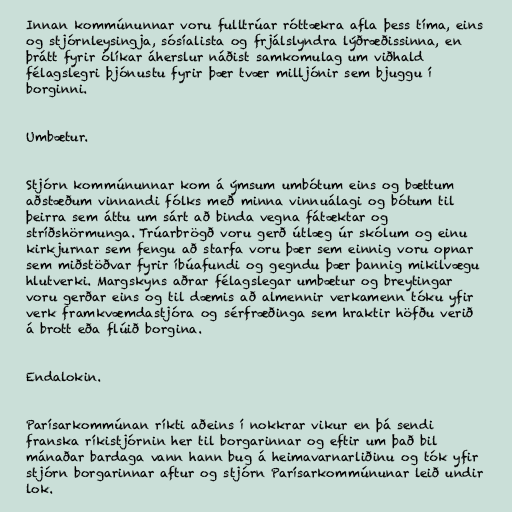
Innan kommúnunnar voru fulltrúar róttækra afla þess tíma, eins
og stjórnleysingja, sósíalista og frjálslyndra lýðræðissinna, en
þrátt fyrir ólíkar áherslur náðist samkomulag um viðhald
félagslegri þjónustu fyrir þær tvær milljónir sem bjuggu í
borginni.

Umbætur.

Stjórn kommúnunnar kom á ýmsum umbótum eins og bættum
aðstæðum vinnandi fólks með minna vinnuálagi og bótum til
þeirra sem áttu um sárt að binda vegna fátæktar og
stríðshörmunga. Trúarbrögð voru gerð útlæg úr skólum og einu
kirkjurnar sem fengu að starfa voru þær sem einnig voru opnar
sem miðstöðvar fyrir íbúafundi og gegndu þær þannig mikilvægu
hlutverki. Margskyns aðrar félagslegar umbætur og breytingar
voru gerðar eins og til dæmis að almennir verkamenn tóku yfir
verk framkvæmdastjóra og sérfræðinga sem hraktir höfðu verið
á brott eða flúið borgina.

Endalokin.

Parísarkommúnan ríkti aðeins í nokkrar vikur en þá sendi
franska ríkistjórnin her til borgarinnar og eftir um það bil
mánaðar bardaga vann hann bug á heimavarnarliðinu og tók yfir
stjórn borgarinnar aftur og stjórn Parísarkommúnunar leið undir
lok.